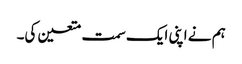
ہم نے اپنی ایک سمت متعین کی۔